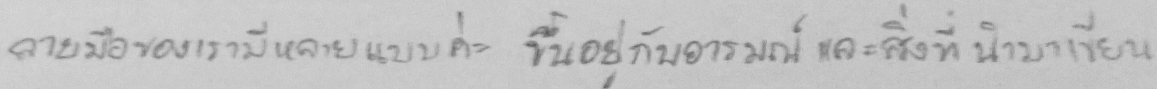
ลายมือของเรามีหลายแบบค่ะ ขึ้นอยู่กับอารมณ์ และสิ่งที่นำมาเขียน